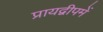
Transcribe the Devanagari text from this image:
प्रायद्वीपमें